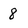
Character: 8